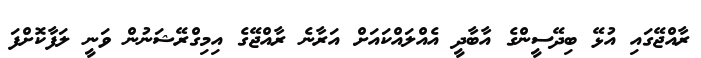
ރާއްޖޭގައި އުޅޭ ބިދޭސީންގެ އާބާދީ އެއްލައްކައަށް އަރާނެ ރާއްޖޭގެ އިމިގްރޭޝަނުން ވަނީ ލަފާކޮށްފަ